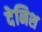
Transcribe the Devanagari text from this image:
देनिश